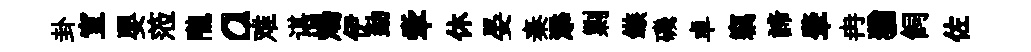
卦宣嬰蒞隴a难谌煬伊勤牽休晏秦添剿鏃磯卓竊諦肇冉猶飼佐